Annual administration report of the Civil Veterinary Department, Ajmere-Merwara, British Rajputana - 1914-1940
Year: 1914
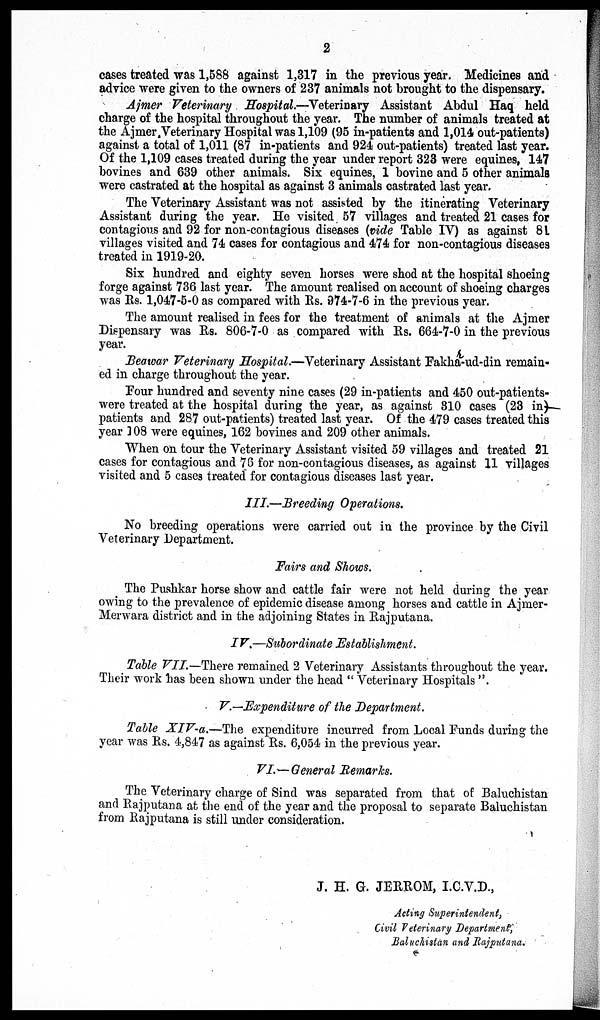
2
cases treated was 1,588 against 1,317 in the previous year. Medicines and
advice were given to the owners of 237 animals not brought to the dispensary.
Ajmer Veterinary Hospital.—Veterinary Assistant Abdul Haq held
charge of the hospital throughout the year. The number of animals treated at
the Ajmer Veterinary Hospital was 1,109 (95 in-patients and 1,014 out-patients)
against a total of 1,011 (87 in-patients and 924 out-patients) treated last year.
Of the 1,109 cases treated during the year under report 323 were equines, 147
bovines and 639 other animals. Six equines, 1 bovine and 5 other animals
were castrated at the hospital as against 3 animals castrated last year.
The Veterinary Assistant was not assisted by the itinerating Veterinary
Assistant during the year. He visited 57 villages and treated 21 cases for
contagious and 92 for non-contagious diseases (vide Table IV) as against 81
villages visited and 74 cases for contagious and 474 for non-contagious diseases
treated in 1919-20.
Six hundred and eighty seven horses were shod at the hospital shoeing
forge against 736 last year. The amount realised on account of shoeing charges
was Rs. 1,047-5-0 as compared with Rs. 974-7-6 in the previous year.
The amount realised in fees for the treatment of animals at the Ajmer
Dispensary was Rs. 806-7-0 as compared with Rs. 664-7-0 in the previous
year.
Beawar Veterinary Hospital.—Veterinary Assistant Fakha-ud-din remain-
ed in charge throughout the year.
Four hundred and seventy nine cases (29 in-patients and 450 out-patients-
were treated at the hospital during the year, as against 310 cases (23 in)
patients and 287 out-patients) treated last year. Of the 479 cases treated this
year 108 were equines, 162 bovines and 209 other animals.
When on tour the Veterinary Assistant visited 59 villages and treated 21
cases for contagious and 76 for non-contagious diseases, as against 11 villages
visited and 5 cases treated for contagious diseases last year.
III.—Breeding Operations.
No breeding operations were carried out in the province by the Civil
Veterinary Department.
Fairs and Shows.
The Pushkar horse show and cattle fair were not held during the year
owing to the prevalence of epidemic disease among horses and cattle in Ajmer-
Merwara district and in the adjoining States in Rajputana.
IV.—Subordinate Establishment.
Table VII.— There remained 2 Veterinary Assistants throughout the year.
Their work has been shown under the head "Veterinary Hospitals".
V.—Expenditure of the Department.
Table XIV-a.—The expenditure incurred from Local Funds during the
year was Rs. 4,847 as against Rs. 6,054 in the previous year.
VI.—General Remarks.
The Veterinary charge of Sind was separated from that of Baluchistan
and Rajputana at the end of the year and the proposal to separate Baluchistan
from Rajputana is still under consideration.
J. H. G. JERROM, I.C.V.D.,
Acting Superintendent,
Civil Veterinary Department,
Baluchistan and Rajputana.